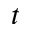
^ t